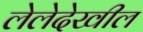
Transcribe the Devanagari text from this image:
लेलेदेखील